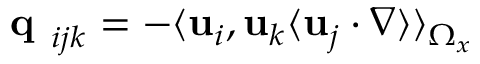
\textbf { q } _ { i j k } = - \langle { \mathbf { u } } _ { i } , { \mathbf { u } } _ { k } \langle { \mathbf { u } } _ { j } \cdot \nabla \rangle \rangle _ { \Omega _ { x } }